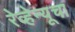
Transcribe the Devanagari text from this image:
रेव्हेन्यूचा